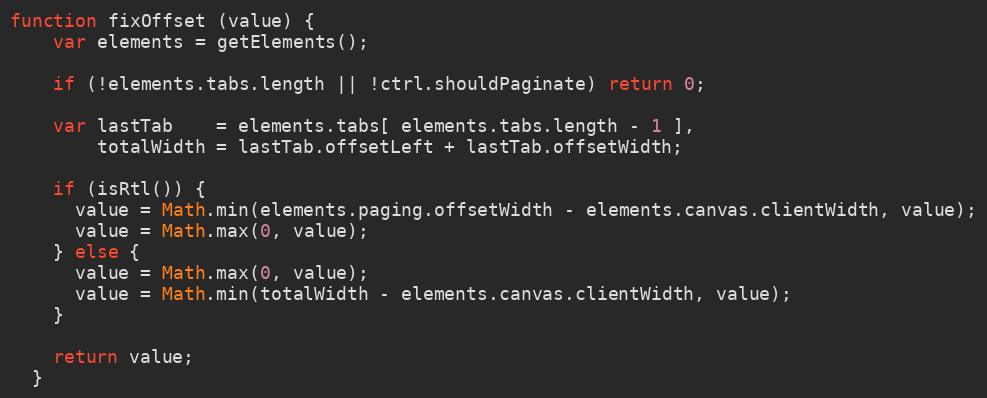
Language: JavaScript
function fixOffset (value) {
    var elements = getElements();

    if (!elements.tabs.length || !ctrl.shouldPaginate) return 0;

    var lastTab    = elements.tabs[ elements.tabs.length - 1 ],
        totalWidth = lastTab.offsetLeft + lastTab.offsetWidth;

    if (isRtl()) {
      value = Math.min(elements.paging.offsetWidth - elements.canvas.clientWidth, value);
      value = Math.max(0, value);
    } else {
      value = Math.max(0, value);
      value = Math.min(totalWidth - elements.canvas.clientWidth, value);
    }

    return value;
  }